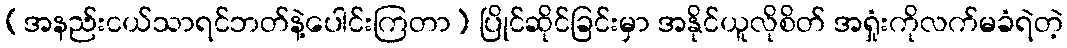
(အနည်းငယ်သာရင်ဘတ်နဲ့ပေါင်းကြတာ) ပြိုင်ဆိုင်ခြင်းမှာ အနိုင်ယူလိုစိတ် အရှုံးကိုလက်မခံရဲတဲ့